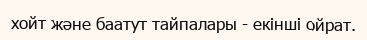
хойт және баатут тайпалары - екінші ойрат.